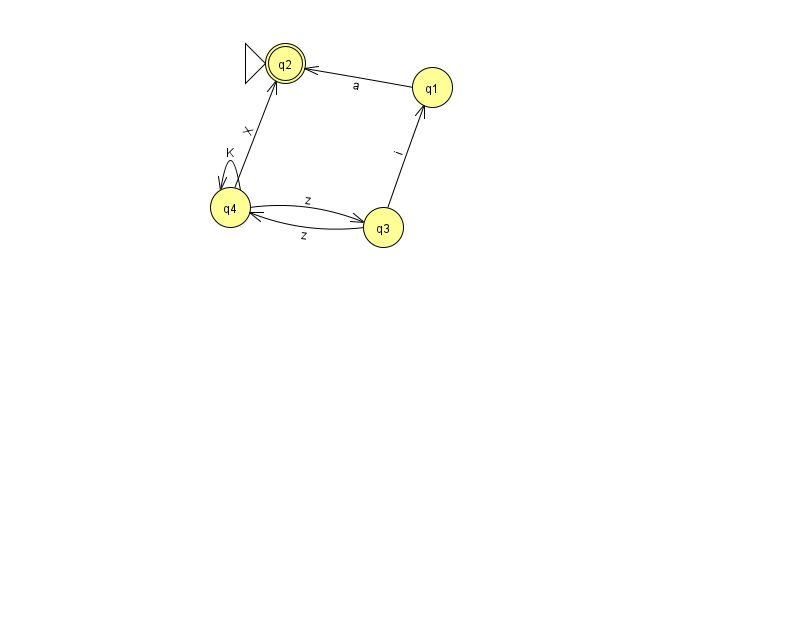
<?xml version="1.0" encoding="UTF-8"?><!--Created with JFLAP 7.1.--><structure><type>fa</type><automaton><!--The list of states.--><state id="1" name="q1"><x>432.0</x><y>74.0</y></state><state id="2" name="q2"><x>285.0</x><y>50.0</y><initial/><final/></state><state id="3" name="q3"><x>383.0</x><y>214.0</y></state><state id="4" name="q4"><x>230.0</x><y>194.0</y></state><!--The list of transitions.--><transition><from>1</from><to>2</to><read>a</read></transition><transition><from>3</from><to>4</to><read>z</read></transition><transition><from>4</from><to>3</to><read>z</read></transition><transition><from>3</from><to>1</to><read>i</read></transition><transition><from>4</from><to>2</to><read>X</read></transition><transition><from>4</from><to>4</to><read>K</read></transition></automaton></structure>